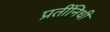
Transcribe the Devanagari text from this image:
प्रतींनिधी